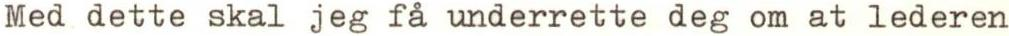
Med dette skal jeg få underrette deg om at lederen